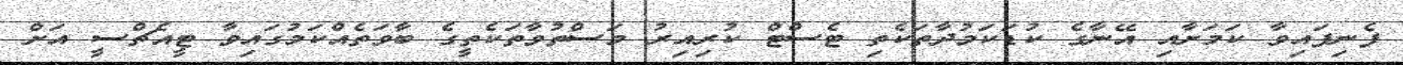
ފެނިފައިވާ ކަމަށާއި އޭނާގެ ކުޑަކަމުދާތަކެތި ޓެސްޓް ކުރިއިރު މަސްތުވާތަކެތީގެ ބާވަތެއްކަމުގައިވާ ޓީއެޗްސީ އަށް